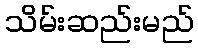
သိမ်းဆည်းမည်